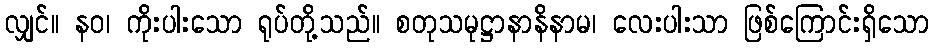
လျှင်။ နဝ၊ ကိုးပါးသော ရုပ်တို့သည်။ စတုသမုဋ္ဌာနာနိနာမ၊ လေးပါးသာ ဖြစ်ကြောင်းရှိသော